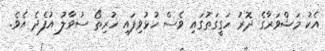
އެކު މަޝްވަރާގެ ދޮރު ހަގީގަތުގައި ވެސް ހުޅުވިފައި ހުރިތޯ ސުވާލު އުފެދެ އެވެ.